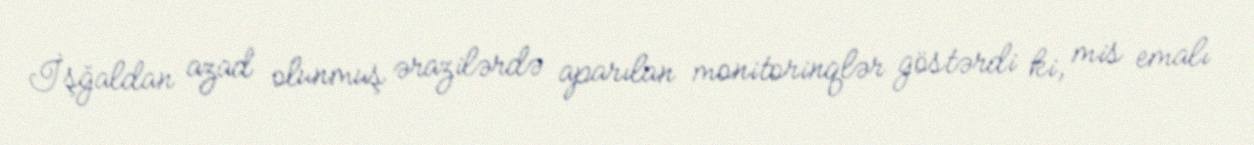
İşğaldan azad olunmuş ərazilərdə aparılan monitorinqlər göstərdi ki, mis emalı